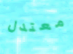
معتدل